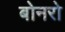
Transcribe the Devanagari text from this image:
बोनरो